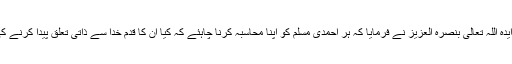
حضور انور ایدہ اللہ تعالیٰ بنصرہ العزیز نے فرمایا کہ ہر احمدی مسلم کو اپنا محاسبہ کرنا چاہئے کہ کیا ان کا قدم خدا سے ذاتی تعلق پیدا کرنے کی طرف ہے؟